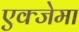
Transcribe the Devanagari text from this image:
एक्जेमा